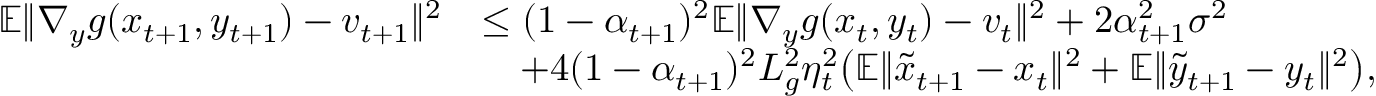
\begin{array} { r l } { \mathbb { E } \| \nabla _ { y } g ( x _ { t + 1 } , y _ { t + 1 } ) - v _ { t + 1 } \| ^ { 2 } } & { \leq ( 1 - \alpha _ { t + 1 } ) ^ { 2 } \mathbb { E } \| \nabla _ { y } g ( x _ { t } , y _ { t } ) - v _ { t } \| ^ { 2 } + 2 \alpha _ { t + 1 } ^ { 2 } \sigma ^ { 2 } } \\ & { \quad + 4 ( 1 - \alpha _ { t + 1 } ) ^ { 2 } L _ { g } ^ { 2 } \eta _ { t } ^ { 2 } \big ( \mathbb { E } \| \tilde { x } _ { t + 1 } - x _ { t } \| ^ { 2 } + \mathbb { E } \| \tilde { y } _ { t + 1 } - y _ { t } \| ^ { 2 } \big ) , } \end{array}